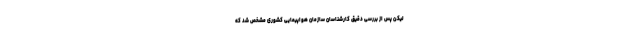
لیکن پس از بررسی دقیق کارشناسان سازمان هواپیمایی کشوری مشخص شد که